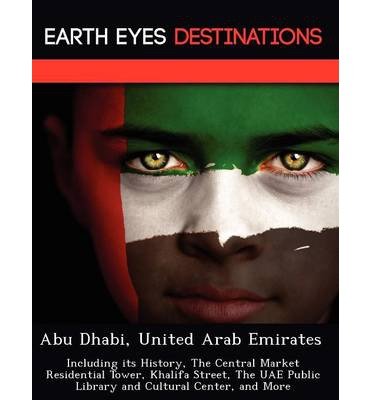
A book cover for Abu Dhabi, United Arab Emirates: Including Its History, the Central Market Residential Tower, Khalifa Street, the Uae Public Library and Cultural Center, and More (Paperback) - Common; By (author) Sandra Wilkins; History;